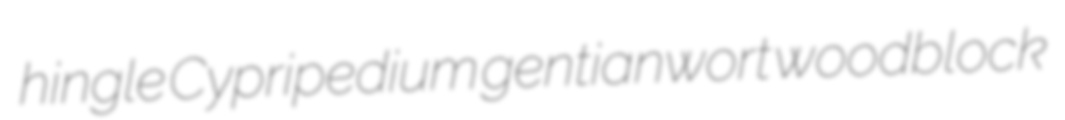
hingle Cypripedium gentianwort woodblock